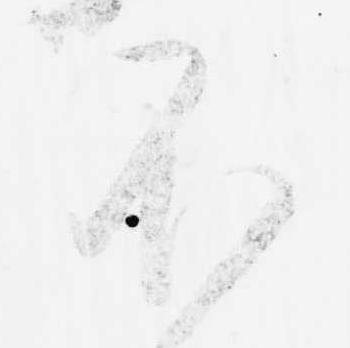
不